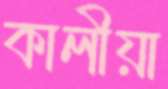
কালীয়া